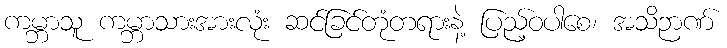
ကမ္ဘာသူ ကမ္ဘာသားအားလုံး ဆင်ခြင်တုံတရားနဲ့ ပြည့်ဝပါစေ၊ အသိဉာဏ်